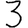
Digit: 3